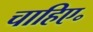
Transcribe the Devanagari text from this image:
चाहिए॰